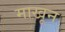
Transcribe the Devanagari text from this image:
माखून